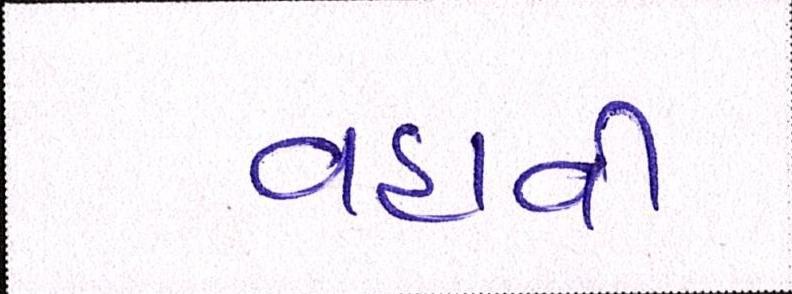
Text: વહાવી